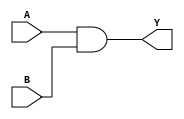
`timescale 1ns / 1ps

module AND_GATE(output Y, input A,B); //Declaring AND Gate Module with Y as OUTPUT and A,B as INPUT.

and F1(Y,A,B);                        //Using inbuilt 'and' gate.

endmodule